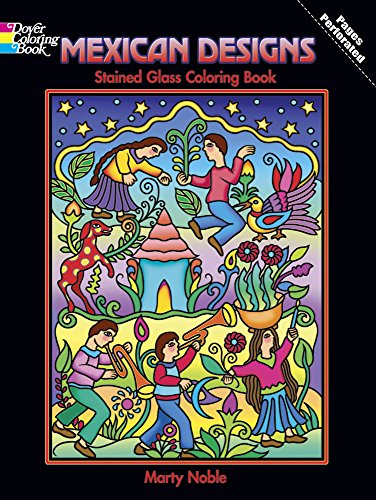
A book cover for Mexican Designs Stained Glass Coloring Book (Dover Stained Glass Coloring Book); Marty Noble; Children's Books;